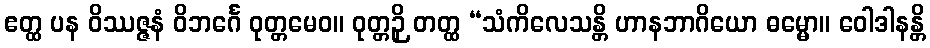
ဧတ္ထ ပန ဝိဿဇ္ဇနံ ဝိဘင်္ဂေ ဝုတ္တမေဝ။ ဝုတ္တဉှိ တတ္ထ “သံကိလေသန္တိ ဟာနဘာဂိယော ဓမ္မော။ ဝေါဒါနန္တိ